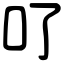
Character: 𠮩